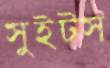
সুইটস